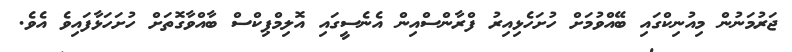
ޖަރުމަނުން މިއުނިކްގައި ބޭއްވުމަށް ހުށަހެޅިއިރު ފްރާންސްއިން އެނެސީގައި އޮލިމްޕިކްސް ބާއްވާގޮތަށް ހުށަހަޅާފައިވެ އެވެ.